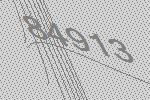
84913